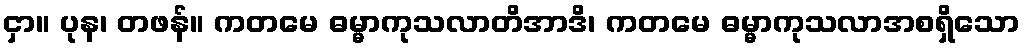
ငှာ။ ပုန၊ တဖန်။ ကတမေ ဓမ္မာကုသလာတိအာဒိ၊ ကတမေ ဓမ္မာကုသလာအစရှိသော